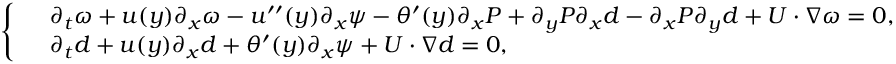
\left\{ \begin{array} { r l } & { \partial _ { t } \omega + u ( y ) \partial _ { x } \omega - u ^ { \prime \prime } ( y ) \partial _ { x } \psi - \theta ^ { \prime } ( y ) \partial _ { x } P + \partial _ { y } P \partial _ { x } d - \partial _ { x } P \partial _ { y } d + U \cdot \nabla \omega = 0 , } \\ & { \partial _ { t } d + u ( y ) \partial _ { x } d + \theta ^ { \prime } ( y ) \partial _ { x } \psi + U \cdot \nabla d = 0 , } \end{array} \right.